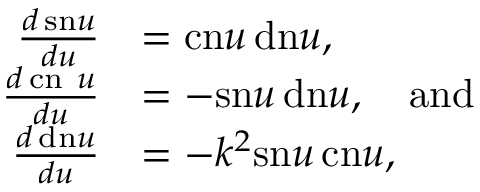
\begin{array} { r l } { \frac { d \, \mathrm { s n } u } { d u } } & { = \mathrm { c n } u \, \mathrm { d n } u , } \\ { \frac { d \, \mathrm { c n ~ } u } { d u } } & { = - \mathrm { s n } u \, \mathrm { d n } u , \ \ \ \mathrm { a n d } } \\ { \frac { d \, \mathrm { d n } u } { d u } } & { = - k ^ { 2 } \mathrm { s n } u \, \mathrm { c n } u , } \end{array}